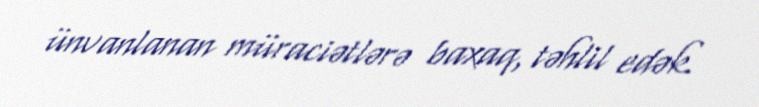
ünvanlanan müraciətlərə baxaq, təhlil edək.